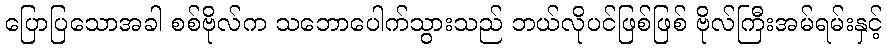
ပြောပြသောအခါ စစ်ဗိုလ်က သဘောပေါက်သွားသည် ဘယ်လိုပင်ဖြစ်ဖြစ် ဗိုလ်ကြီးအမ်ရမ်းနှင့်